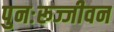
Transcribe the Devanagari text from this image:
पुनःरूज्जीवन